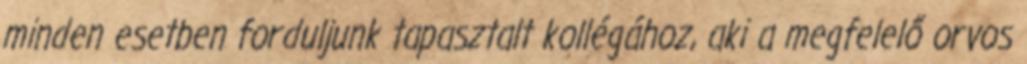
minden esetben forduljunk tapasztalt kollégához, aki a megfelelő orvos